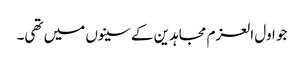
جو اول العزم مجاہدین کے سینوں میں تھی۔